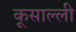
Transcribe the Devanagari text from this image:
कूसाल्ली